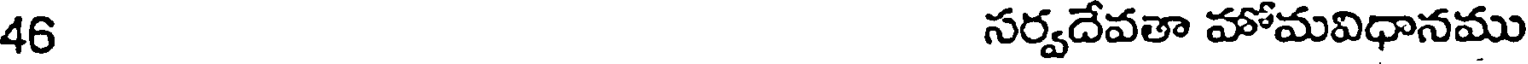
46 సర్వదేవతా హోమవిధానము